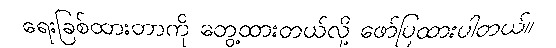
ရေးခြစ်ထားတာကို တွေ့ထားတယ်လို့ ဖော်ပြထားပါတယ်။